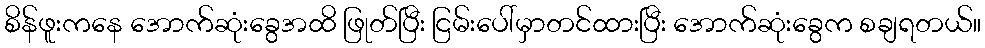
စိန်ဖူးကနေ အောက်ဆုံးခွေအထိ ဖြုတ်ပြီး ငြမ်းပေါ်မှာတင်ထားပြီး အောက်ဆုံးခွေက စချရတယ်။